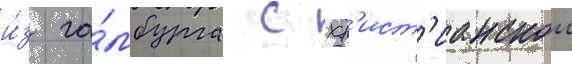
и́з га́мбурга с хр'ист'ианскои